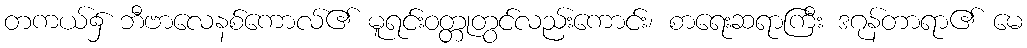
တကယ်၌ ဘီဗာလေနစ်ကောလ်၏ မူရင်းဝတ္တုတွင်လည်းကောင်း၊ စာရေးဆရာကြီး ဒဂုန်တာရာ၏ မေ